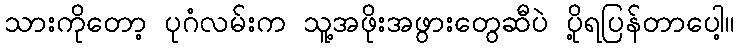
သားကိုတော့ ပုဂံလမ်းက သူ့အဖိုးအဖွားတွေဆီပဲ ပို့ရပြန်တာပေါ့။